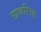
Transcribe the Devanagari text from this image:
छाबरिया